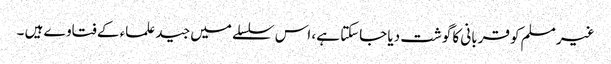
غیر مسلم کو قربانی کا گوشت دیا جاسکتا ہے، اس سلسلے میں جید علماء کے فتاوے ہیں ۔